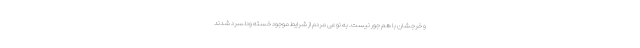
و خرجشان با هم جور نیست. به نوعی مردم از شرایط موجود خسته ودلسرد شدند